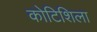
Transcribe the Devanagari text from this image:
कोटिशिला